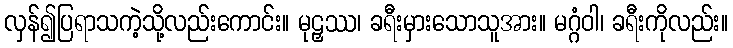
လှန်၍ပြရာသကဲ့သို့လည်းကောင်း။ မုဠှဿ၊ ခရီးမှားသောသူအား။ မဂ္ဂံဝါ၊ ခရီးကိုလည်း။